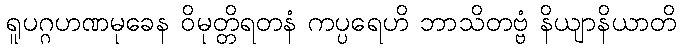
ရူပဂ္ဂဟဏမုခေန ဝိမုတ္တိရတနံ ကပ္ပရေဟိ ဘာသိတဗ္ဗံ နိယျာနိယာတိ